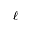
\ell